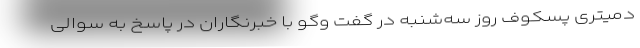
دمیتری پسکوف روز سه‌شنبه در گفت وگو با خبرنگاران در پاسخ به سوالی